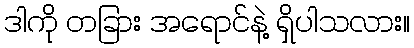
ဒါကို တခြား အရောင်နဲ့ ရှိပါသလား။